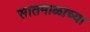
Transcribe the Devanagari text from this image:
सातमाळाच्या